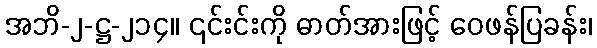
အဘိ-၂-ဋ္ဌ-၂၁၄။ ၎င်းင်းကို ဓာတ်အားဖြင့် ဝေဖန်ပြခန်း၊